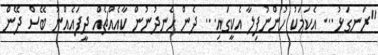
"ރަނގަޅު... އެކަމަކު ހުންނުފިލާ އެކީގައި... ދެން ހެނދުނުން ކާއެއްޗެއް ދީފައެއްނު ބޭސް ދޭން